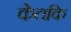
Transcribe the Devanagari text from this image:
केतकि